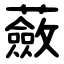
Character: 蘞